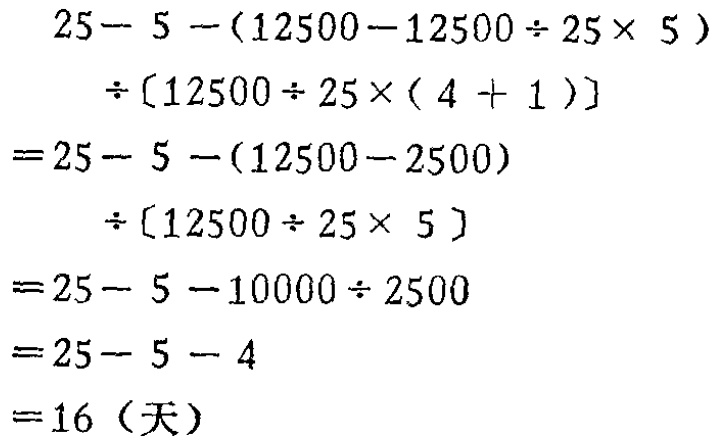
\[
\begin{align*}
&25 - 5-(12500 - 12500\div25\times5)\\
&\div[12500\div25\times(4 + 1)]\\
=&25 - 5-(12500 - 2500)\\
&\div[12500\div25\times5]\\
=&25 - 5-10000\div2500\\
=&25 - 5 - 4\\
=&16 \text{（天）}
\end{align*}
\]